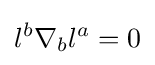
l^{b}\nabla _{b}l^{a}=0